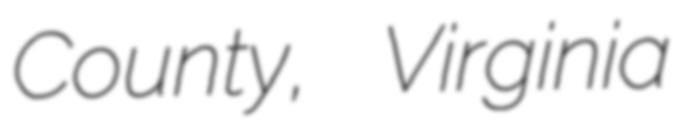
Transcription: County, Virginia